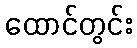
ထောင်တွင်း